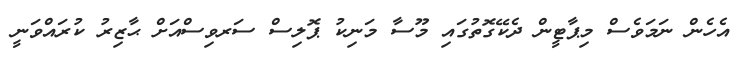
އެހެން ނަމަވެސް މިޕާޓީން ދެކޭގޮތުގައި މޫސާ މަނިކު ޕޮލިސް ސަރވިސްއަށް ޙާޒިރު ކުރައްވަނީ